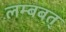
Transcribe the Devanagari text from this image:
लम्बबत्